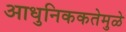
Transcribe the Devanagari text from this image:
आधुनिककतेमुळे